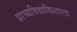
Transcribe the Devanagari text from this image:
प्राच्यविद्याविशारद